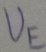
Text: UE